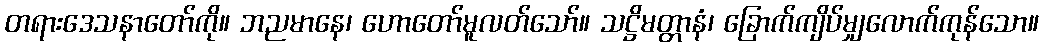
တရားဒေသနာတော်ကို။ ဘညမာနေ၊ ဟောတော်မူလတ်သော်။ သဋ္ဌိမတ္တာနံ၊ ခြောက်ကျိပ်မျှလောက်ကုန်သော။